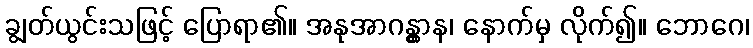
ချွတ်ယွင်းသဖြင့် ပြောရာ၏။ အနုအာဂန္တွာန၊ နောက်မှ လိုက်၍။ ဘောဂေ၊